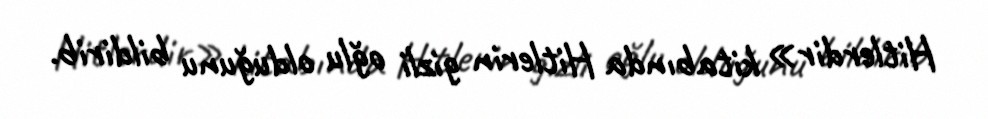
Hitlerdir» kitabında Hitlerin gizli oğlu olduğunu bildirib.